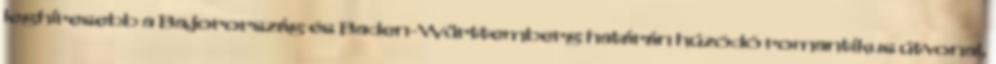
leghíresebb a Bajorország és Baden-Württemberg határán húzódó romantikus útvonal,